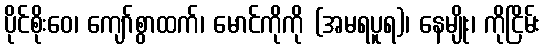
ပိုင်စိုးဝေ၊ ကျော်စွာထက်၊ မောင်ကိုကို (အမရပူရ)၊ နေမျိုး၊ ကိုငြိမ်း